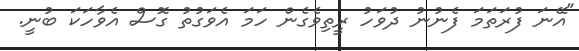
"އޭނަ ފުރަތަމަ ފެނުނު ދުވަހު ރީތިވެގެން ހަމަ އެވަގުތު ގޮސް އެވާހަކަ ބުނީ.